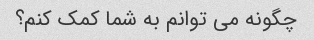
چگونه می توانم به شما کمک کنم؟